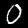
Label: 0